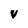
Character: V